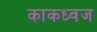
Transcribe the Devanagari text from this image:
काकध्वज